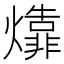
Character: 㸆